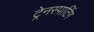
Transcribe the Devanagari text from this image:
ट्रेनस्पाटिंग